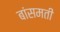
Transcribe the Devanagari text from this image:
बांसमती